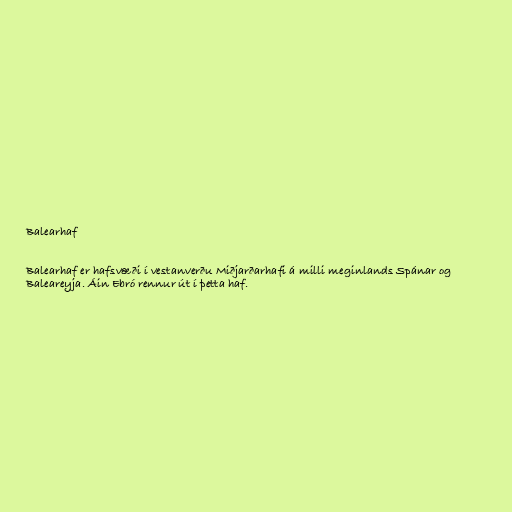
Balearhaf

Balearhaf er hafsvæði í vestanverðu Miðjarðarhafi á milli meginlands Spánar og
Baleareyja. Áin Ebró rennur út í þetta haf.